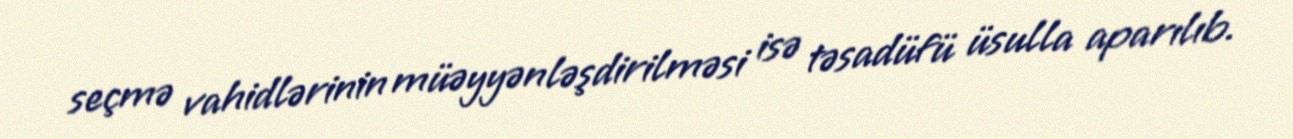
seçmə vahidlərinin müəyyənləşdirilməsi isə təsadüfü üsulla aparılıb.